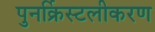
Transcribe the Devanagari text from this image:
पुनर्क्रिस्टलीकरण